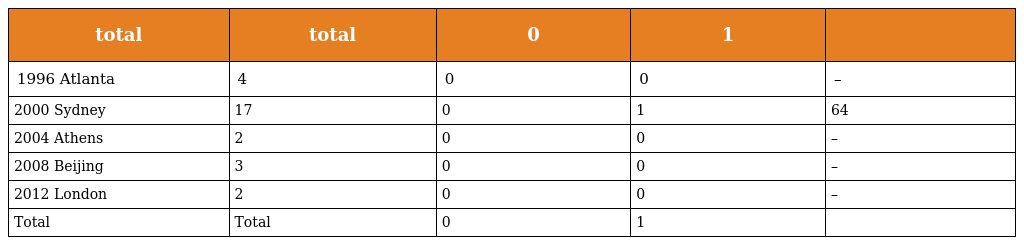
| total | total | 0 | 1 |  |
 | --- | --- | --- | --- | --- |
 | 1996 Atlanta | 4 | 0 | 0 | – |
 | 2000 Sydney | 17 | 0 | 1 | 64 |
 | 2004 Athens | 2 | 0 | 0 | – |
 | 2008 Beijing | 3 | 0 | 0 | – |
 | 2012 London | 2 | 0 | 0 | – |
 | Total | Total | 0 | 1 |  |